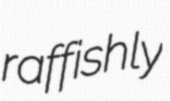
raffishly